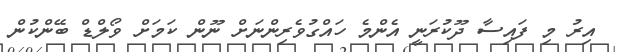
އިރު މި ފައިސާ ދޫކުރަނީ އެންމެ ހައްގުވެރިންނަށް ނޫން ކަމަށް ވޯލްޑް ބޭންކުން